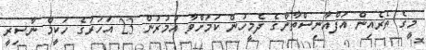
މީގެ ތެރެއިން އަފްޣާނިސްތާންގެ ދެމީހުން ކަމަށްވާ އުމުރުން 23 އަހަރުގެ ހަކީމް ނާސިރީ